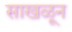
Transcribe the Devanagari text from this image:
साखळून